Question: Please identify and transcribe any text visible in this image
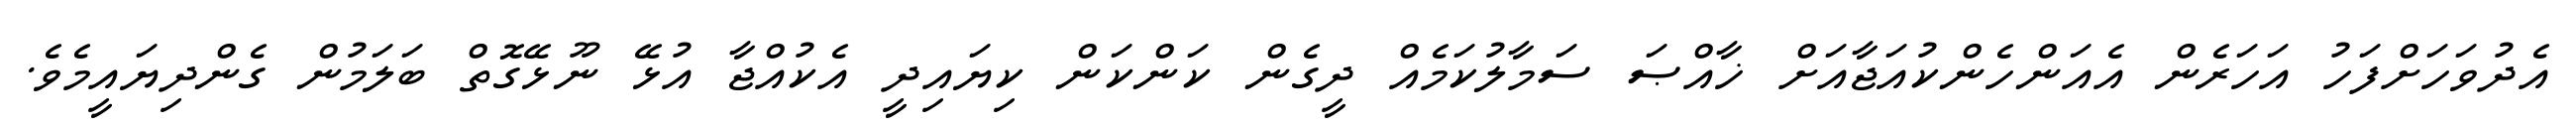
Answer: އެދުވަހަށްފަހު އަހަރެން އެއަންހެންކުއަޖާއަށް ޚާއްޞަ ސަމާލުކަމެއް ދީގެން ކަންކަން ކިޔައިދީ އެކުއްޖާ އުޅޭ ނޫޅޭގޮތް ބަލަމުން ގެންދިޔައީމެވެ.